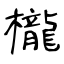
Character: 櫳